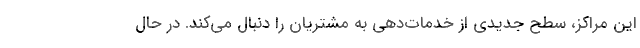
این مراکز، سطح جدیدی از خدمات‌دهی به مشتریان را دنبال می‌کند. در حال